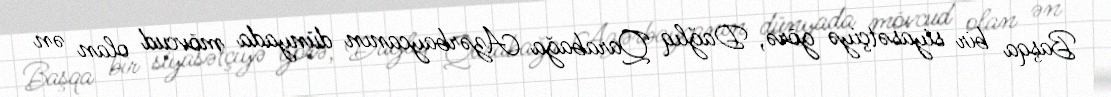
Başqa bir siyasətçiyə görə, Dağlıq Qarabağa Azərbaycanın dünyada mövcud olan ən